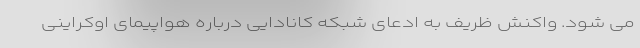
می شود. واکنش ظریف به ادعای شبکه کانادایی درباره هواپیمای اوکراینی